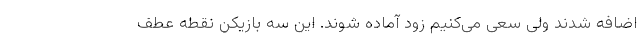
اضافه شدند ولی سعی می‌کنیم زود آماده شوند. این سه بازیکن نقطه عطف